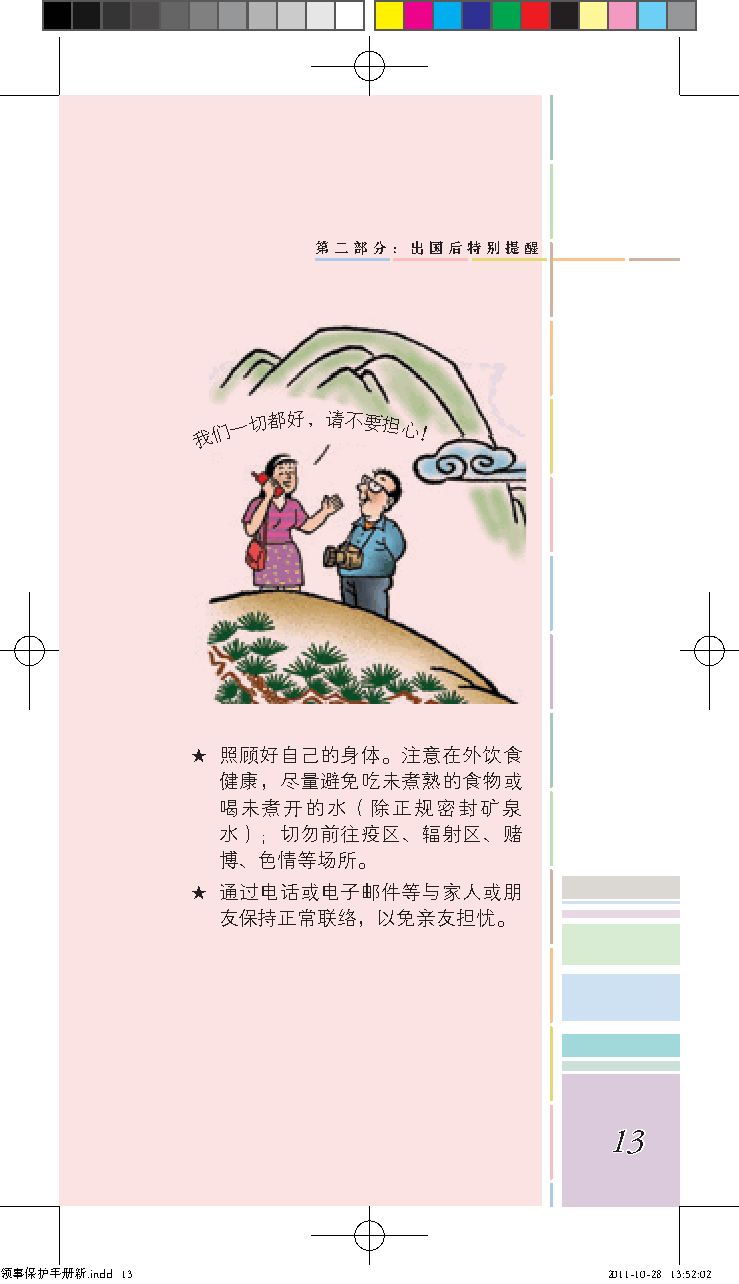
第二部分：出国后特别提醒
 多看新闻，了解这里的政治、经济和社会形势嘛！
 我
 们一切都好，请不要担心！
 ★ 照顾好自己的身体。注意在外饮食
 健康，尽量避免吃未煮熟的食物或
 喝未煮开的水（除正规密封矿泉
 水）；切勿前往疫区、辐射区、赌
 博、色情等场所。
 ★ 通过电话或电子邮件等与家人或朋
 友保持正常联络，以免亲友担忧。
 13
 领事保护手册新.indd 13                         2011-10-28 13:52:02